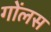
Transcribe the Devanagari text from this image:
गोंलस